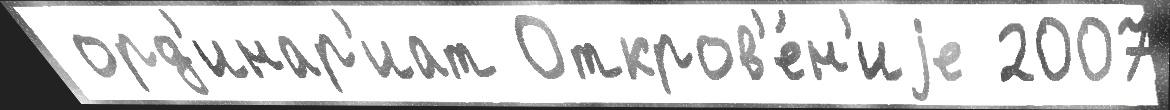
 орд'инар'иат Откров'е́н'иjе 2007